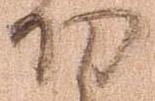
功